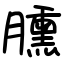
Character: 臐